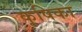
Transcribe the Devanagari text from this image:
कृषिका